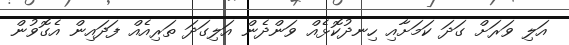
އަލި ވަރަށް ގަދަ ކަމަށާއި ހިނދުކޮޅެއް ވަންދެން އަލިގަދަ ތަރިއެއް ފަދައިން އެގޮވުން